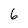
Character: 6